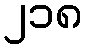
၂၁၈